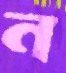
ন